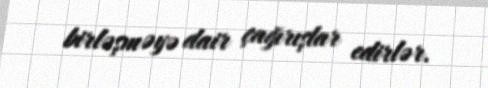
birləşməyə dair çağırışlar edirlər.